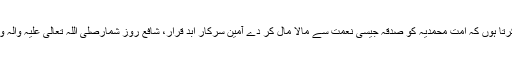
آخر میں ایک حدیث مبارکہ عرض کر کے اللہ پاک سے دعا کرتا ہوں کہ امت محمدیہ کو صدقہ جیسی نعمت سے مالا مال کر دے آمین سرکارِ ابد قرار، شافعِ روزِ شمارصلَّی اللّٰہ تعالٰی علیہ واٰلہ وسلَّمکا فرمان ہے: راستے سے تکلیف دہ چیز ہٹا دینا صدقہ ہے۔